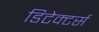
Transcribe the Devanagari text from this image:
डिटेक्टर्स